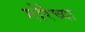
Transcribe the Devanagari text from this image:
गोरेच्या